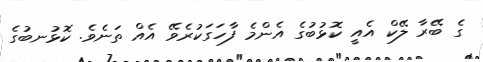
ގެ ބޭރާ ލޭކް އެއީ ކޮޅުބުގެ އެންމެ ފާހަގަކުރެވޭ އެއް ތަނެވެ. ކޮޅުނބުގެ